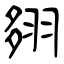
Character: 翗